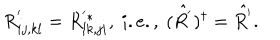
R _ { i j , k l } ^ { ' } = R _ { l k , j i } ^ { ' * } , \ i . e . , \ ( \hat { R ^ { ' } } ) ^ { \dagger } = \hat { R ^ { ' } } .